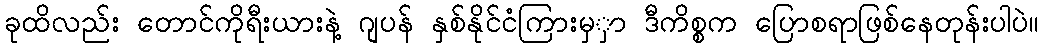
ခုထိလည်း တောင်ကိုရီးယားနဲ့ ဂျပန် နှစ်နိုင်ငံကြားမှှာ ဒီကိစ္စက ပြောစရာဖြစ်နေတုန်းပါပဲ။